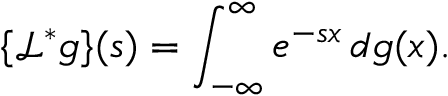
\{ { \mathcal { L } } ^ { * } g \} ( s ) = \int _ { - \infty } ^ { \infty } e ^ { - s x } \, d g ( x ) .